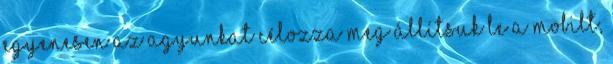
egyenesen az agyunkat célozza meg Állítsuk le a mobilt,